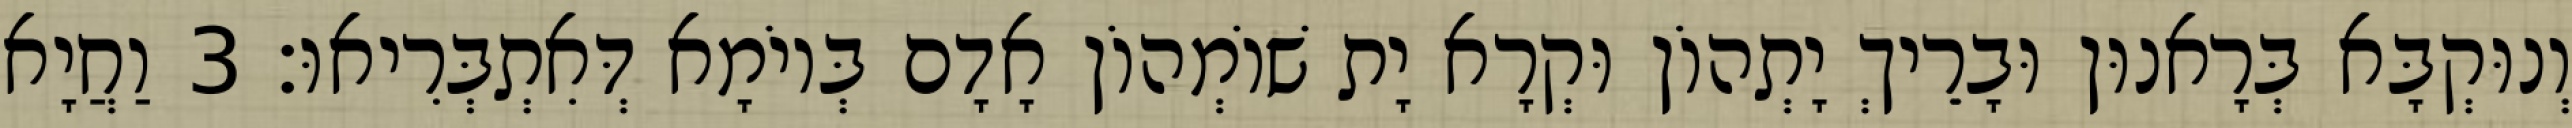
וְנוּקְבָּא בְּרָאנוּן וּבָרֵיךְ יָתְהוֹן וּקְרָא יָת שׁוֹמְהוֹן אָדָם בְּיוֹמָא דְּאִתְבְּרִיאוּ׃ 3 וַחֲיָא